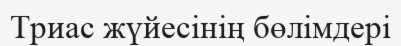
Триас жүйесінің бөлімдері